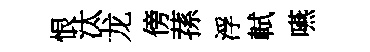
恨汰龙傍蓀浮軾嚥